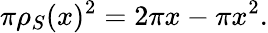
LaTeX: \pi\rho_{S}(x)^{2}=2\pi x-\pi x^{2}.